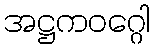
အဋ္ဌကဝဂ္ဂေါ